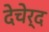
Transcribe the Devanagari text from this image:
देचेर्द